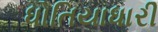
ધોતિયાધારી